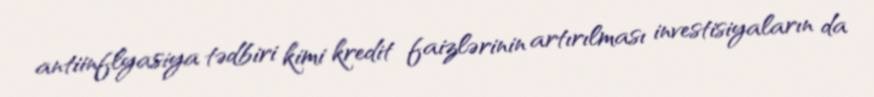
antiinflyasiya tədbiri kimi kredit faizlərinin artırılması investisiyaların da